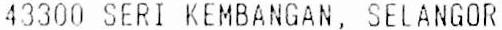
43300 SERI KEMBANGAN, SELANGOR